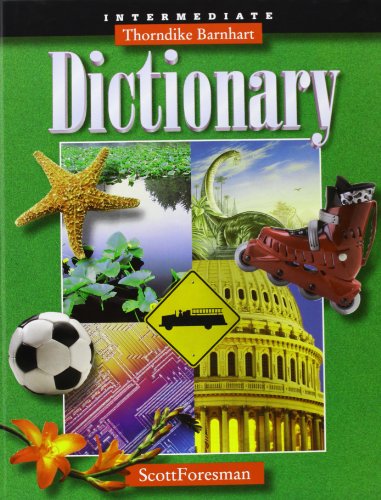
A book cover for Thorndike Barnhart Intermediate Dictionary; Scott Foresman; Teen & Young Adult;